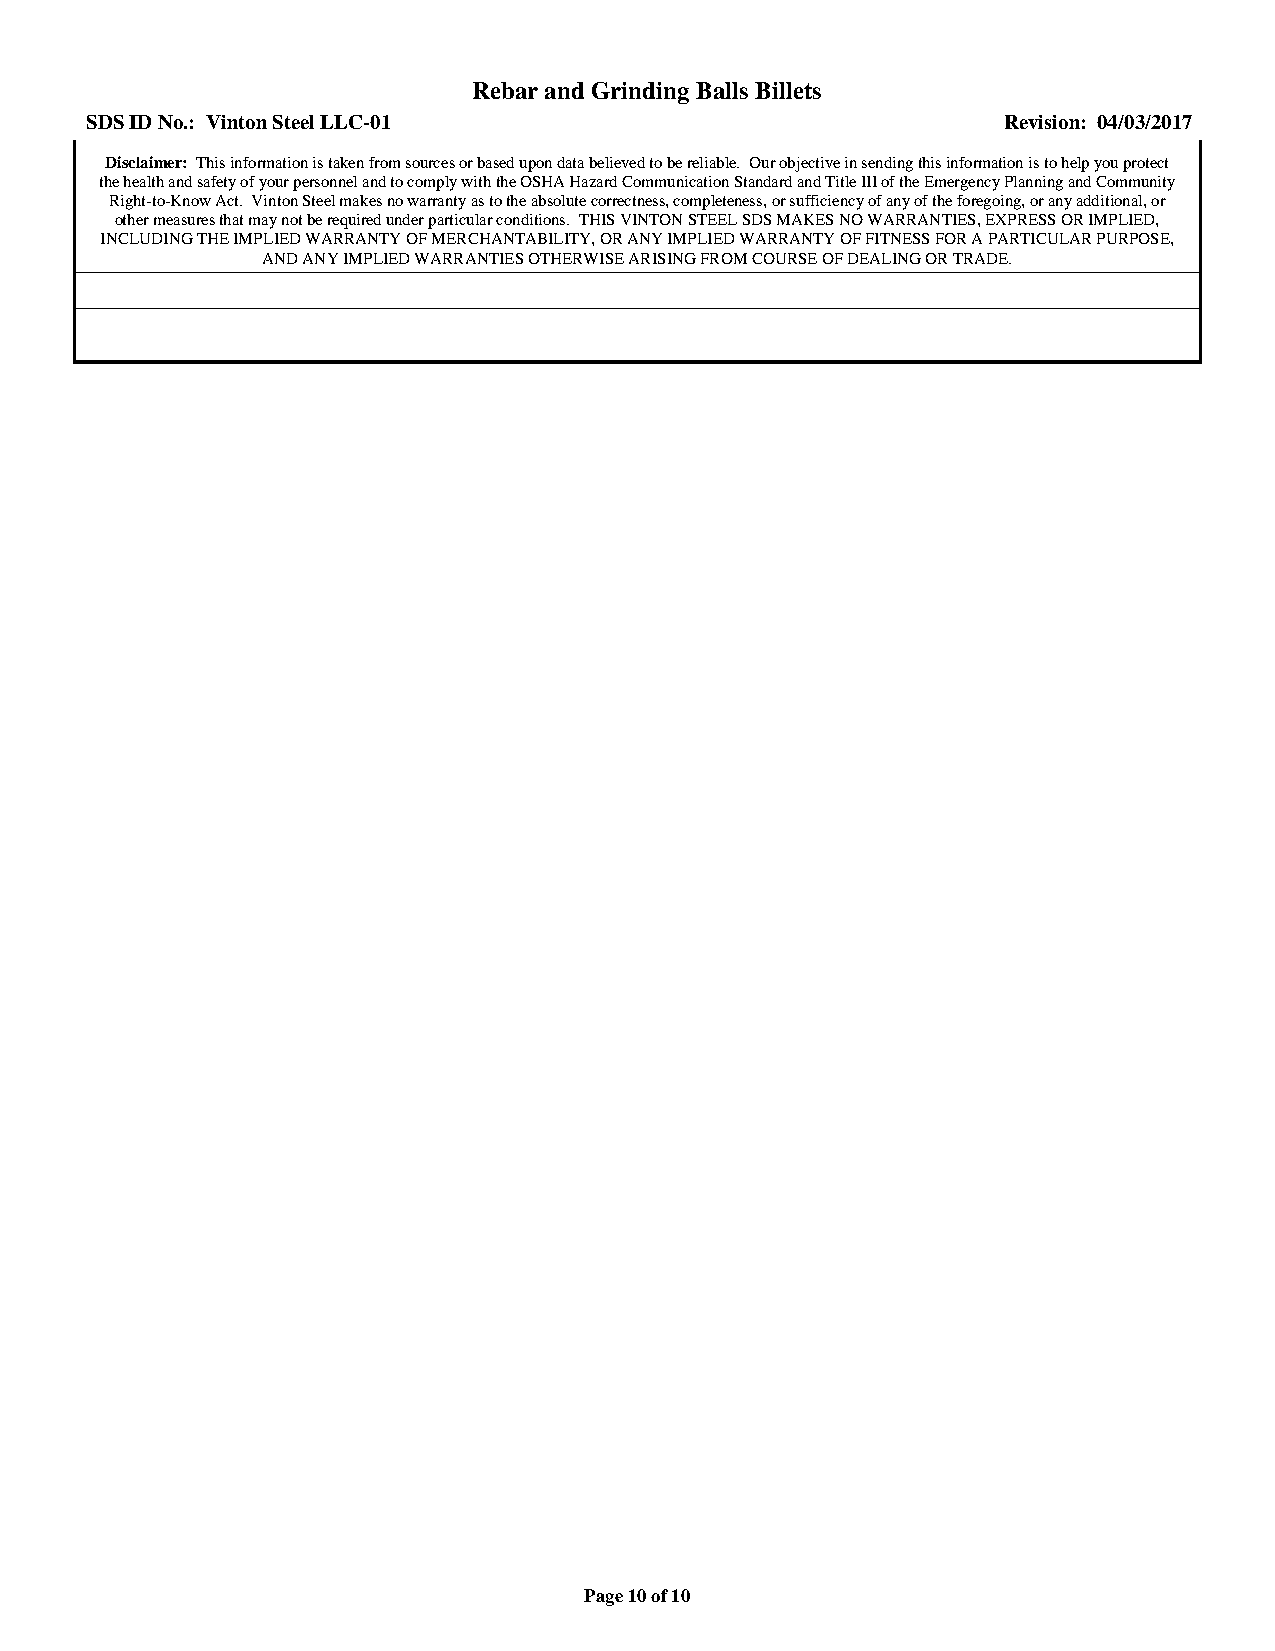
Rebar and Grinding Balls Billets
 SDS ID No.: Vinton Steel LLC-01                             Revision: 04/03/2017
 Disclaimer: This information is taken from sources or based upon data believed to be reliable. Our objective in sending this information is to help you protect
 the health and safety of your personnel and to comply with the OSHA Hazard Communication Standard and Title III of the Emergency Planning and Community
 Right-to-Know Act. Vinton Steel makes no warranty as to the absolute correctness, completeness, or sufficiency of any of the foregoing, or any additional, or
 other measures that may not be required under particular conditions. THIS VINTON STEEL SDS MAKES NO WARRANTIES, EXPRESS OR IMPLIED,
 INCLUDING THE IMPLIED WARRANTY OF MERCHANTABILITY, OR ANY IMPLIED WARRANTY OF FITNESS FOR A PARTICULAR PURPOSE,
 AND ANY IMPLIED WARRANTIES OTHERWISE ARISING FROM COURSE OF DEALING OR TRADE.
 Page 10 of 10